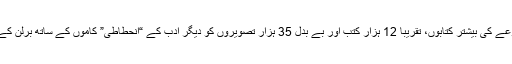
چار دن بعد، اس مجموعے کی بیشتر کتابوں، تقریبا 12 ہزار کتب اور بے بدل 35 ہزار تصویروں کو دیگر ادب کے “انحطاطی” کاموں کے ساتھ برلن کے وسط میں جلا دیا گیا۔